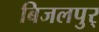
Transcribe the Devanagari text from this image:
बिजलपुर्